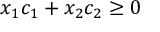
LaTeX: x _ { 1 } c _ { 1 } + x _ { 2 } c _ { 2 } \geq 0